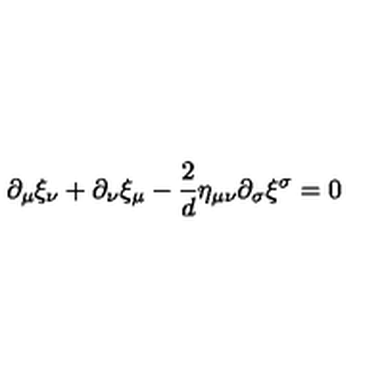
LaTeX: \partial _ { \mu } \xi _ { \nu } + \partial _ { \nu } \xi _ { \mu } - \frac { 2 } { d } \eta _ { \mu \nu } \partial _ { \sigma } \xi ^ { \sigma } = 0